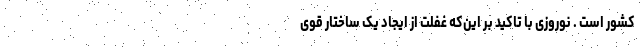
کشور است . نوروزی با تاکید بر این‌که غفلت از ایجاد یک ساختار قویِ